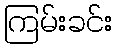
ကြမ်းခင်း